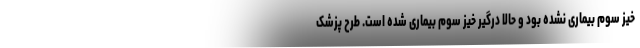
خیز سوم بیماری نشده بود و حالا درگیر خیز سوم بیماری شده است. طرح پزشک